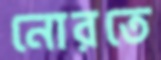
নোরতে